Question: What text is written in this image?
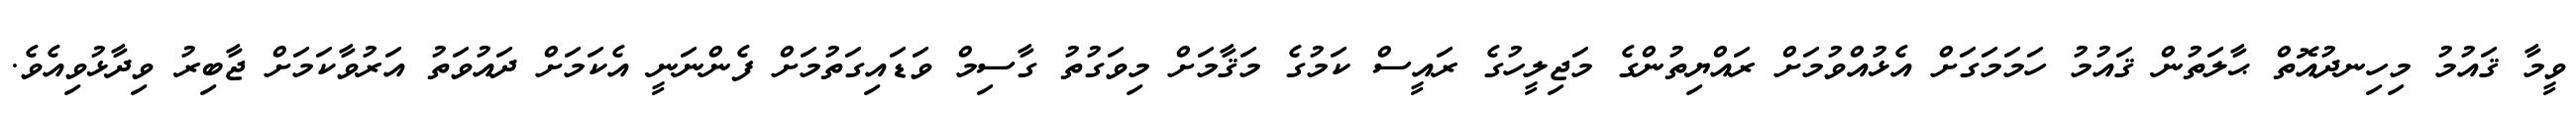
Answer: ވީމާ ޤައުމު މިހިނދުއޮތް ޙާލަތުން ޤައުމު ހަމަމަގަށް އެޅުއްވުމަށް ރައްޔިތުންގެ މަޖިލީހުގެ ރައީސް ކަމުގެ މަޤާމަށް މިވަގުތު ގާސިމް ވަޑައިގަތުމަށް ފެންނަނީ އެކަމަށް ދައުވަތު އަރުވާކަމަށް ޖާބިރު ވިދާޅުވިއެވެ.